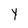
Character: Y